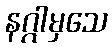
နဂ္ဂါမှသေ